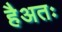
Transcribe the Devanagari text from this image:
हैअतः